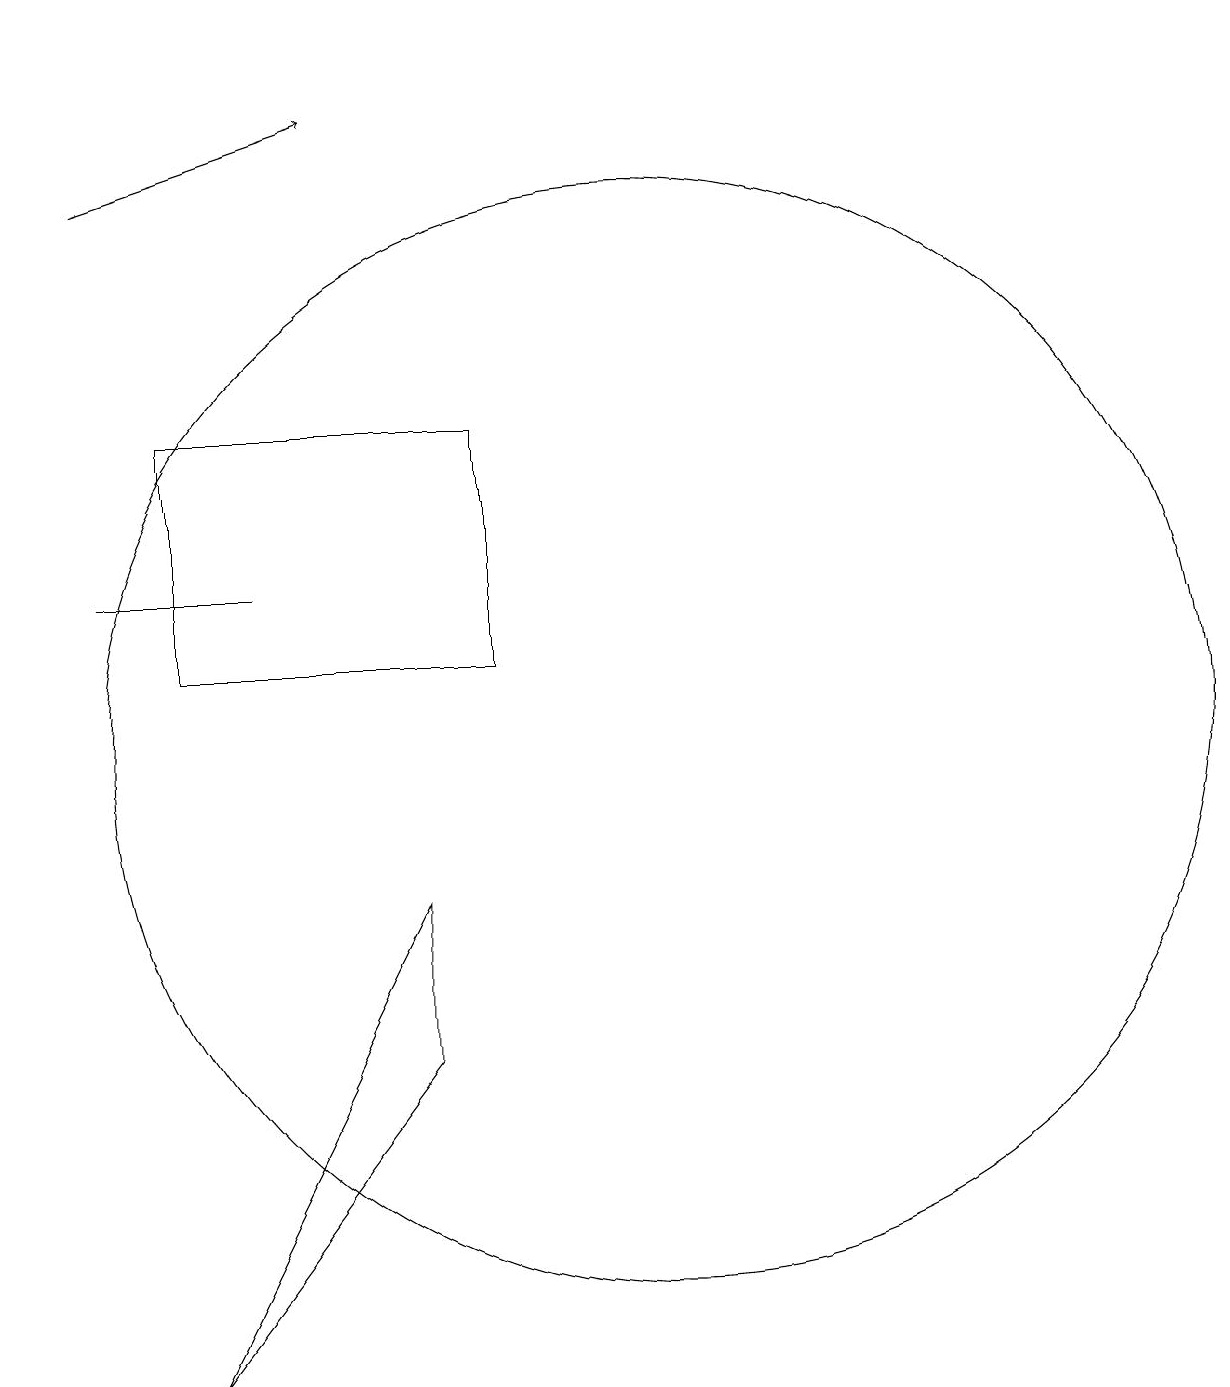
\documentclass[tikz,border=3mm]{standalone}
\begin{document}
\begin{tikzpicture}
\draw (11,10) circle (7);
\draw[->] (4,17) -- (7,18);
\draw (4,12) rectangle (6,12);
\draw (5,2) -- (8,6) -- (8,8) -- cycle;
\draw[->] (3,18) -- (3,19);
\draw (9,11) rectangle (5,14);
\draw (10,12) circle (0);
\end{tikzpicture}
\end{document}